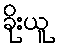
ခိုးယူ